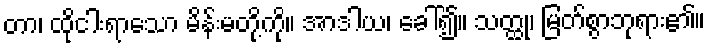
တာ၊ ထိုငါးရာသော မိန်းမတို့ကို။ အာဒါယ၊ ခေါ်၍။ သတ္ထု၊ မြတ်စွာဘုရား၏။